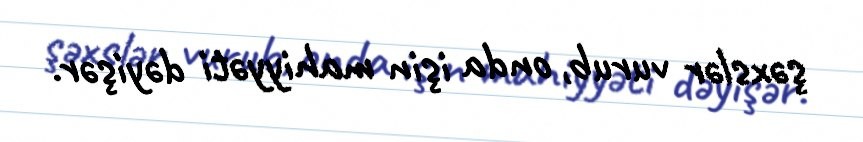
şəxslər vurub, onda işin mahiyyəti dəyişər.